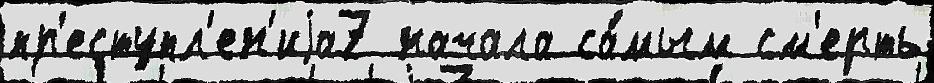
пр'еступл'ен'иjа7 начала са́мым см'ерть